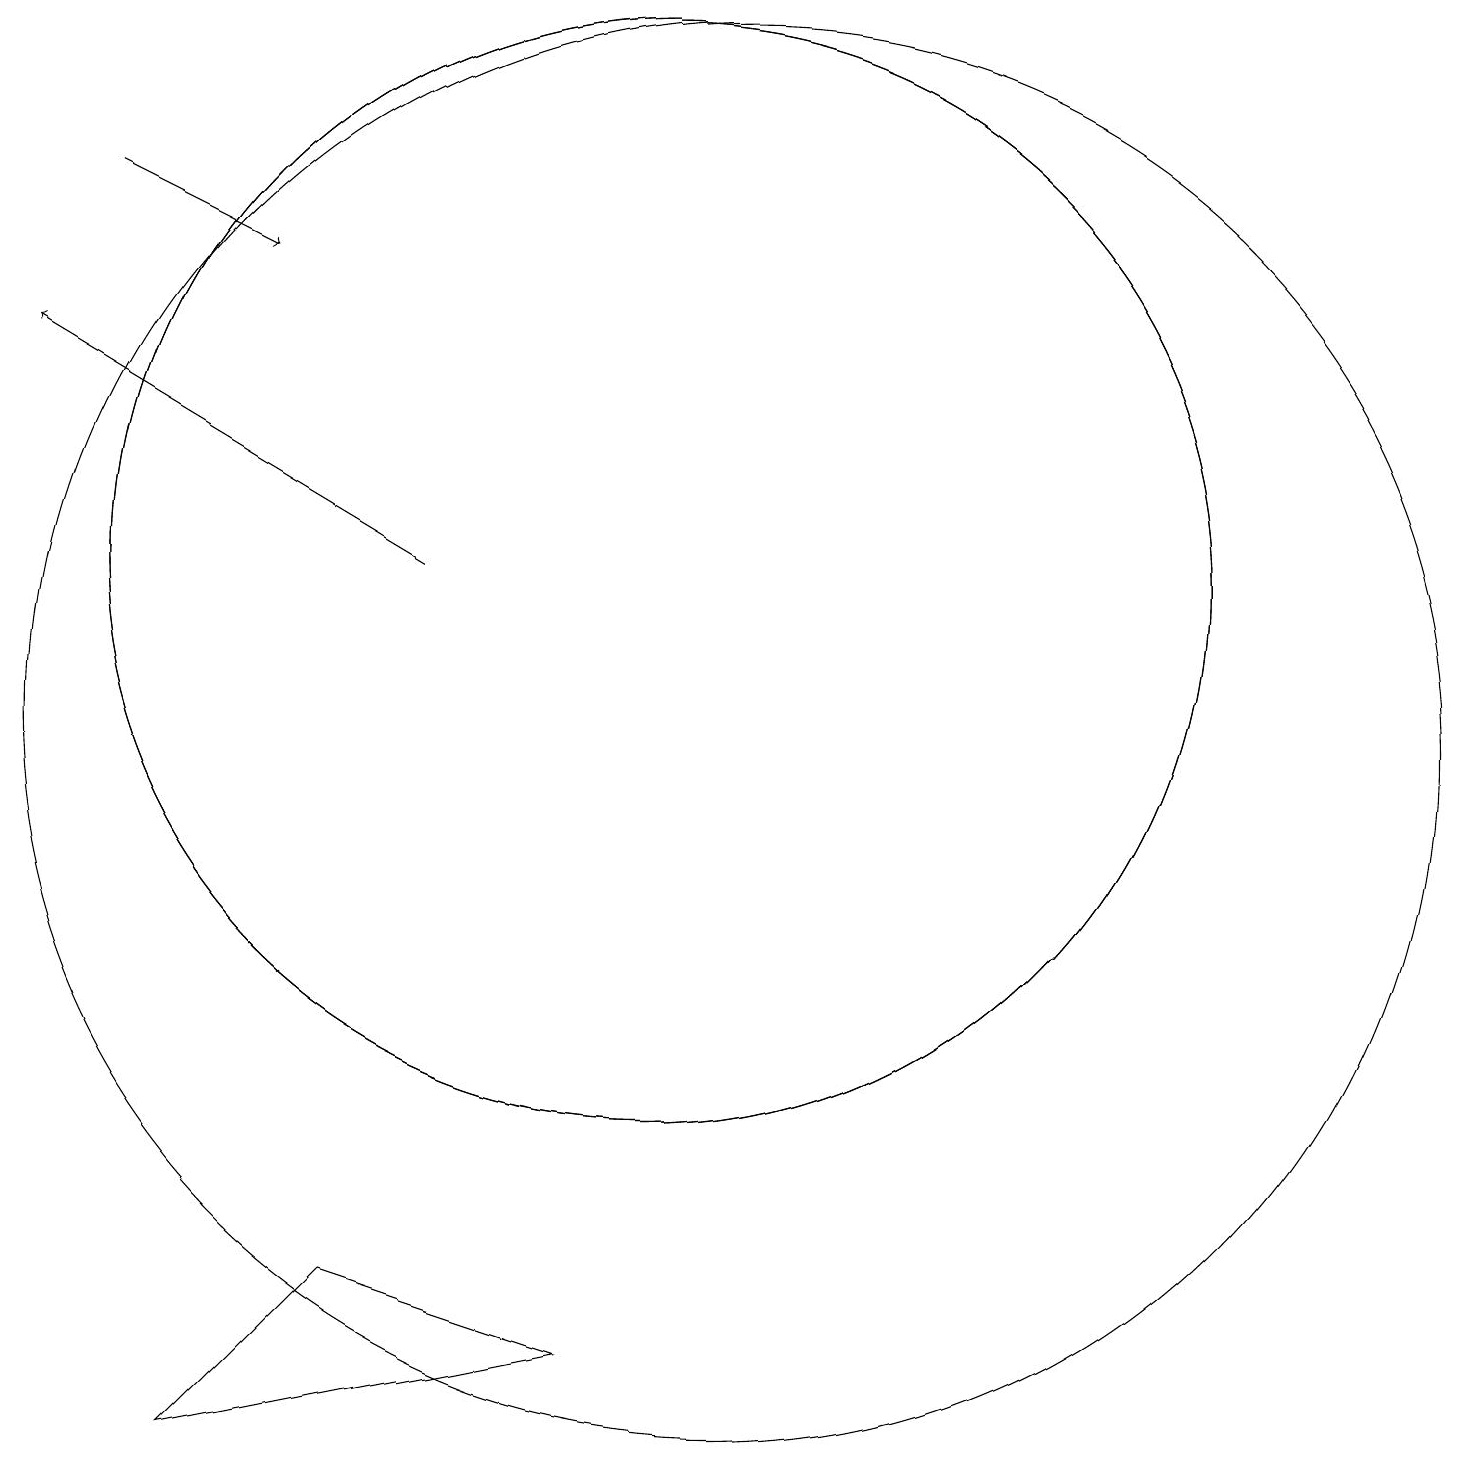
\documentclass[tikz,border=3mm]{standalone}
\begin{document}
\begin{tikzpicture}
\draw (10,12) circle (7);
\draw (10,12) circle (7);
\draw (4,1) -- (9,2) -- (6,3) -- cycle;
\draw[->] (7,12) -- (2,15);
\draw (11,10) circle (9);
\draw (10,10) circle (0);
\draw (11,12) circle (0);
\draw[->] (3,17) -- (5,16);
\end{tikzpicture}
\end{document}